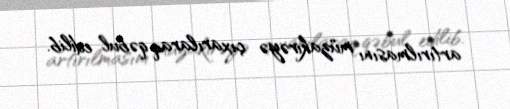
artırılmasını müzakirəyə çıxarılaraq qəbul edilib.